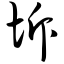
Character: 坼